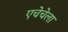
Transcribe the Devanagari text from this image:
एचेचेला